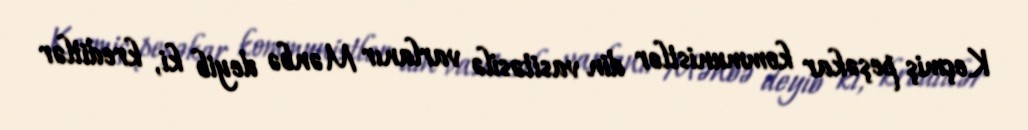
Keçmiş peşəkar kommunistlər din vasitəsilə varlanır Mənbə deyib ki, kreditlər